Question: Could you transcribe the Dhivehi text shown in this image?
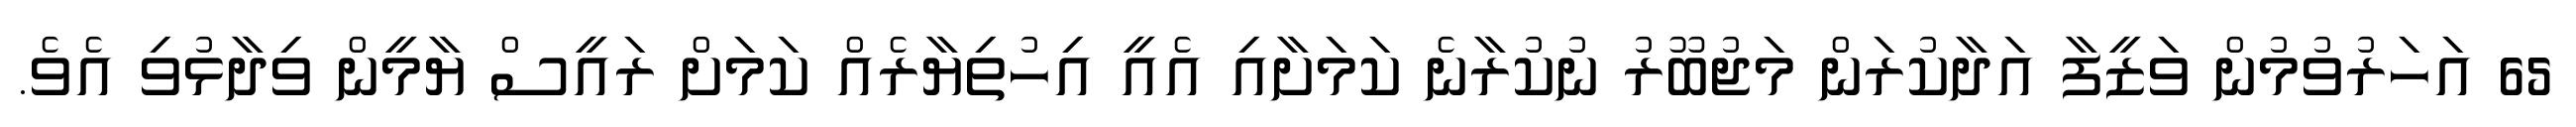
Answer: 65 އަހަރުވުމުން ވަޒީފާ އަދާކުރަން މަޖުބޫރު ނުކުރާނެ ކަމަށާއި އެއީ އިހުތިޔާރެއް ކަމަށް ރައީސް ޔާމީން ވިދާޅުވި އެވެ.